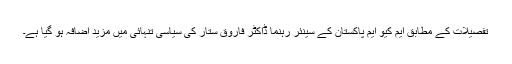
تفصیلات کے مطابق ایم کیو ایم پاکستان کے سینئر رہنما ڈاکٹر فاروق ستار کی سیاسی تنہائی میں مزید اضافہ ہو گیا ہے۔